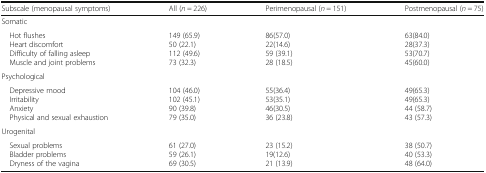
<table><thead><tr><td><b>Subscale (menopausal symptoms)</b></td><td><b>All (<i>n</i> = 226)</b></td><td><b>Perimenopausal (<i>n</i> = 151)</b></td><td><b>Postmenopausal (<i>n</i> = 75)</b></td></tr></thead><tbody><tr><td colspan="4">Somatic</td></tr><tr><td> Hot flushes Heart discomfort Difficulty of falling asleep Muscle and joint problems</td><td>149 (65.9)50 (22.1)112 (49.6)73 (32.3)</td><td>86(57.0)22(14.6)59 (39.1)28 (18.5)</td><td>63(84.0)28(37.3)53(70.7)45(60.0)</td></tr><tr><td colspan="4">Psychological</td></tr><tr><td> Depressive mood Irritability Anxiety Physical and sexual exhaustion</td><td>104 (46.0)102 (45.1)90 (39.8)79 (35.0)</td><td>55(36.4)53(35.1)46(30.5)36 (23.8)</td><td>49(65.3)49(65.3)44 (58.7)43 (57.3)</td></tr><tr><td colspan="4">Urogenital</td></tr><tr><td> Sexual problems Bladder problems Dryness of the vagina</td><td>61 (27.0)59 (26.1)69 (30.5)</td><td>23 (15.2)19(12.6)21 (13.9)</td><td>38 (50.7)40 (53.3)48 (64.0)</td></tr></tbody></table>